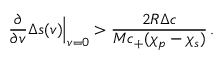
\frac { \partial } { \partial v } \Delta s ( v ) \Big | _ { v = 0 } > \frac { 2 R \Delta c } { M c _ { + } ( \chi _ { p } - \chi _ { s } ) } \, .